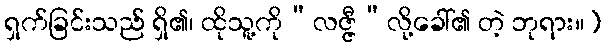
ရှက်ခြင်းသည် ရှိ၏၊ ထိုသူ့ကို“လဇ္ဇီ”လို့ခေါ်၏ တဲ့ ဘုရား။)